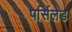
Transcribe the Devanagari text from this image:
पर्सिलेड